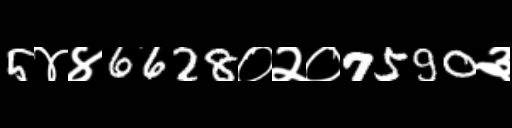
Text: 5४४6628०२०7590३